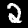
Label: 2